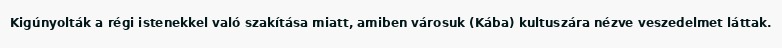
Kigúnyolták a régi istenekkel való szakítása miatt, amiben városuk (Kába) kultuszára nézve veszedelmet láttak.